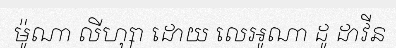
ម៉ូណា លីហ្សា ដោយ លេអូណា ដូ ដាវីន